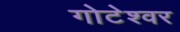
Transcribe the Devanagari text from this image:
गोटेश्वर